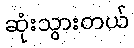
ဆုံးသွားတယ်